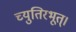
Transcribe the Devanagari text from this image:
च्युतिरभूत्।